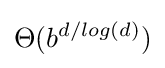
\Theta (b^{d/log(d)})